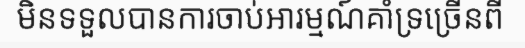
មិនទទួលបានការចាប់អារម្មណ៍គាំទ្រច្រើនពី